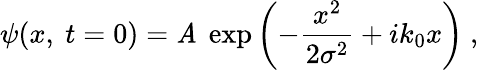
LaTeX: \psi(x,\ t=0)=\mathit{A}\ \exp\left(-{\frac{{x^{2}}}{{2\sigma^{2}}}}+ik_{0}x\right)\ ,